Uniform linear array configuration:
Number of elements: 24
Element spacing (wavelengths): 0.75
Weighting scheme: hamming
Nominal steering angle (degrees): -45
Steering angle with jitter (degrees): -43.498
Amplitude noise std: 0.05
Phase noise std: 0.05

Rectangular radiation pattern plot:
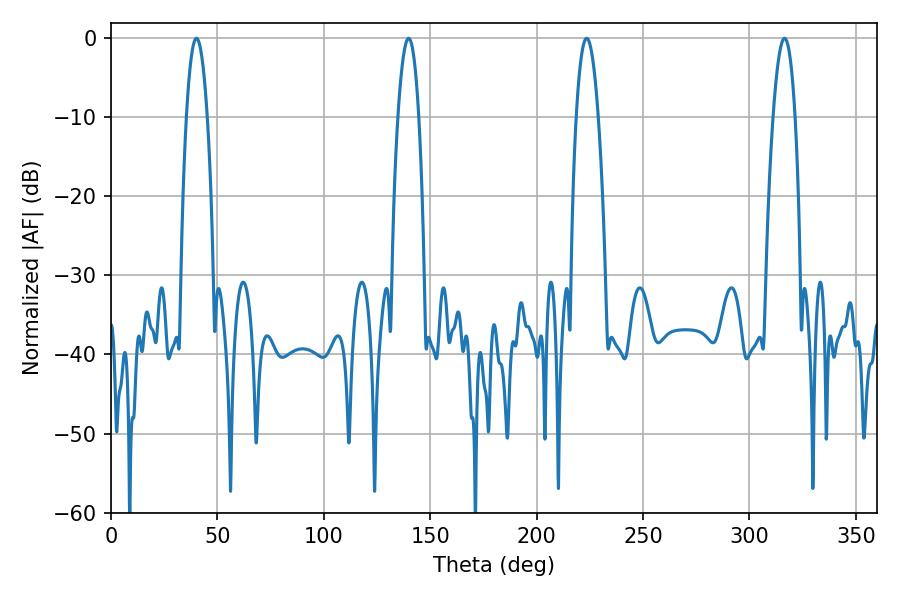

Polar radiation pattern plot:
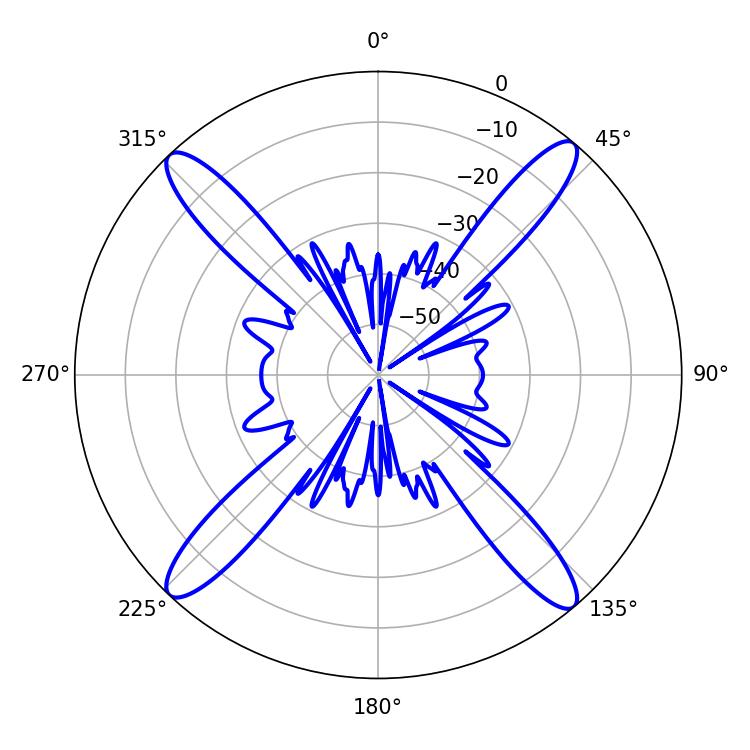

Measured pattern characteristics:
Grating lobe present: TRUE
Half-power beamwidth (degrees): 5.4
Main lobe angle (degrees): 40.14